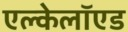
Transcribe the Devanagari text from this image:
एल्केलॉएड